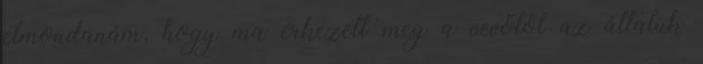
elmondanám, hogy ma érkezett meg a vevőtől az általuk